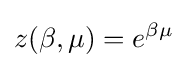
z(\beta ,\mu )=e^{\beta \mu }